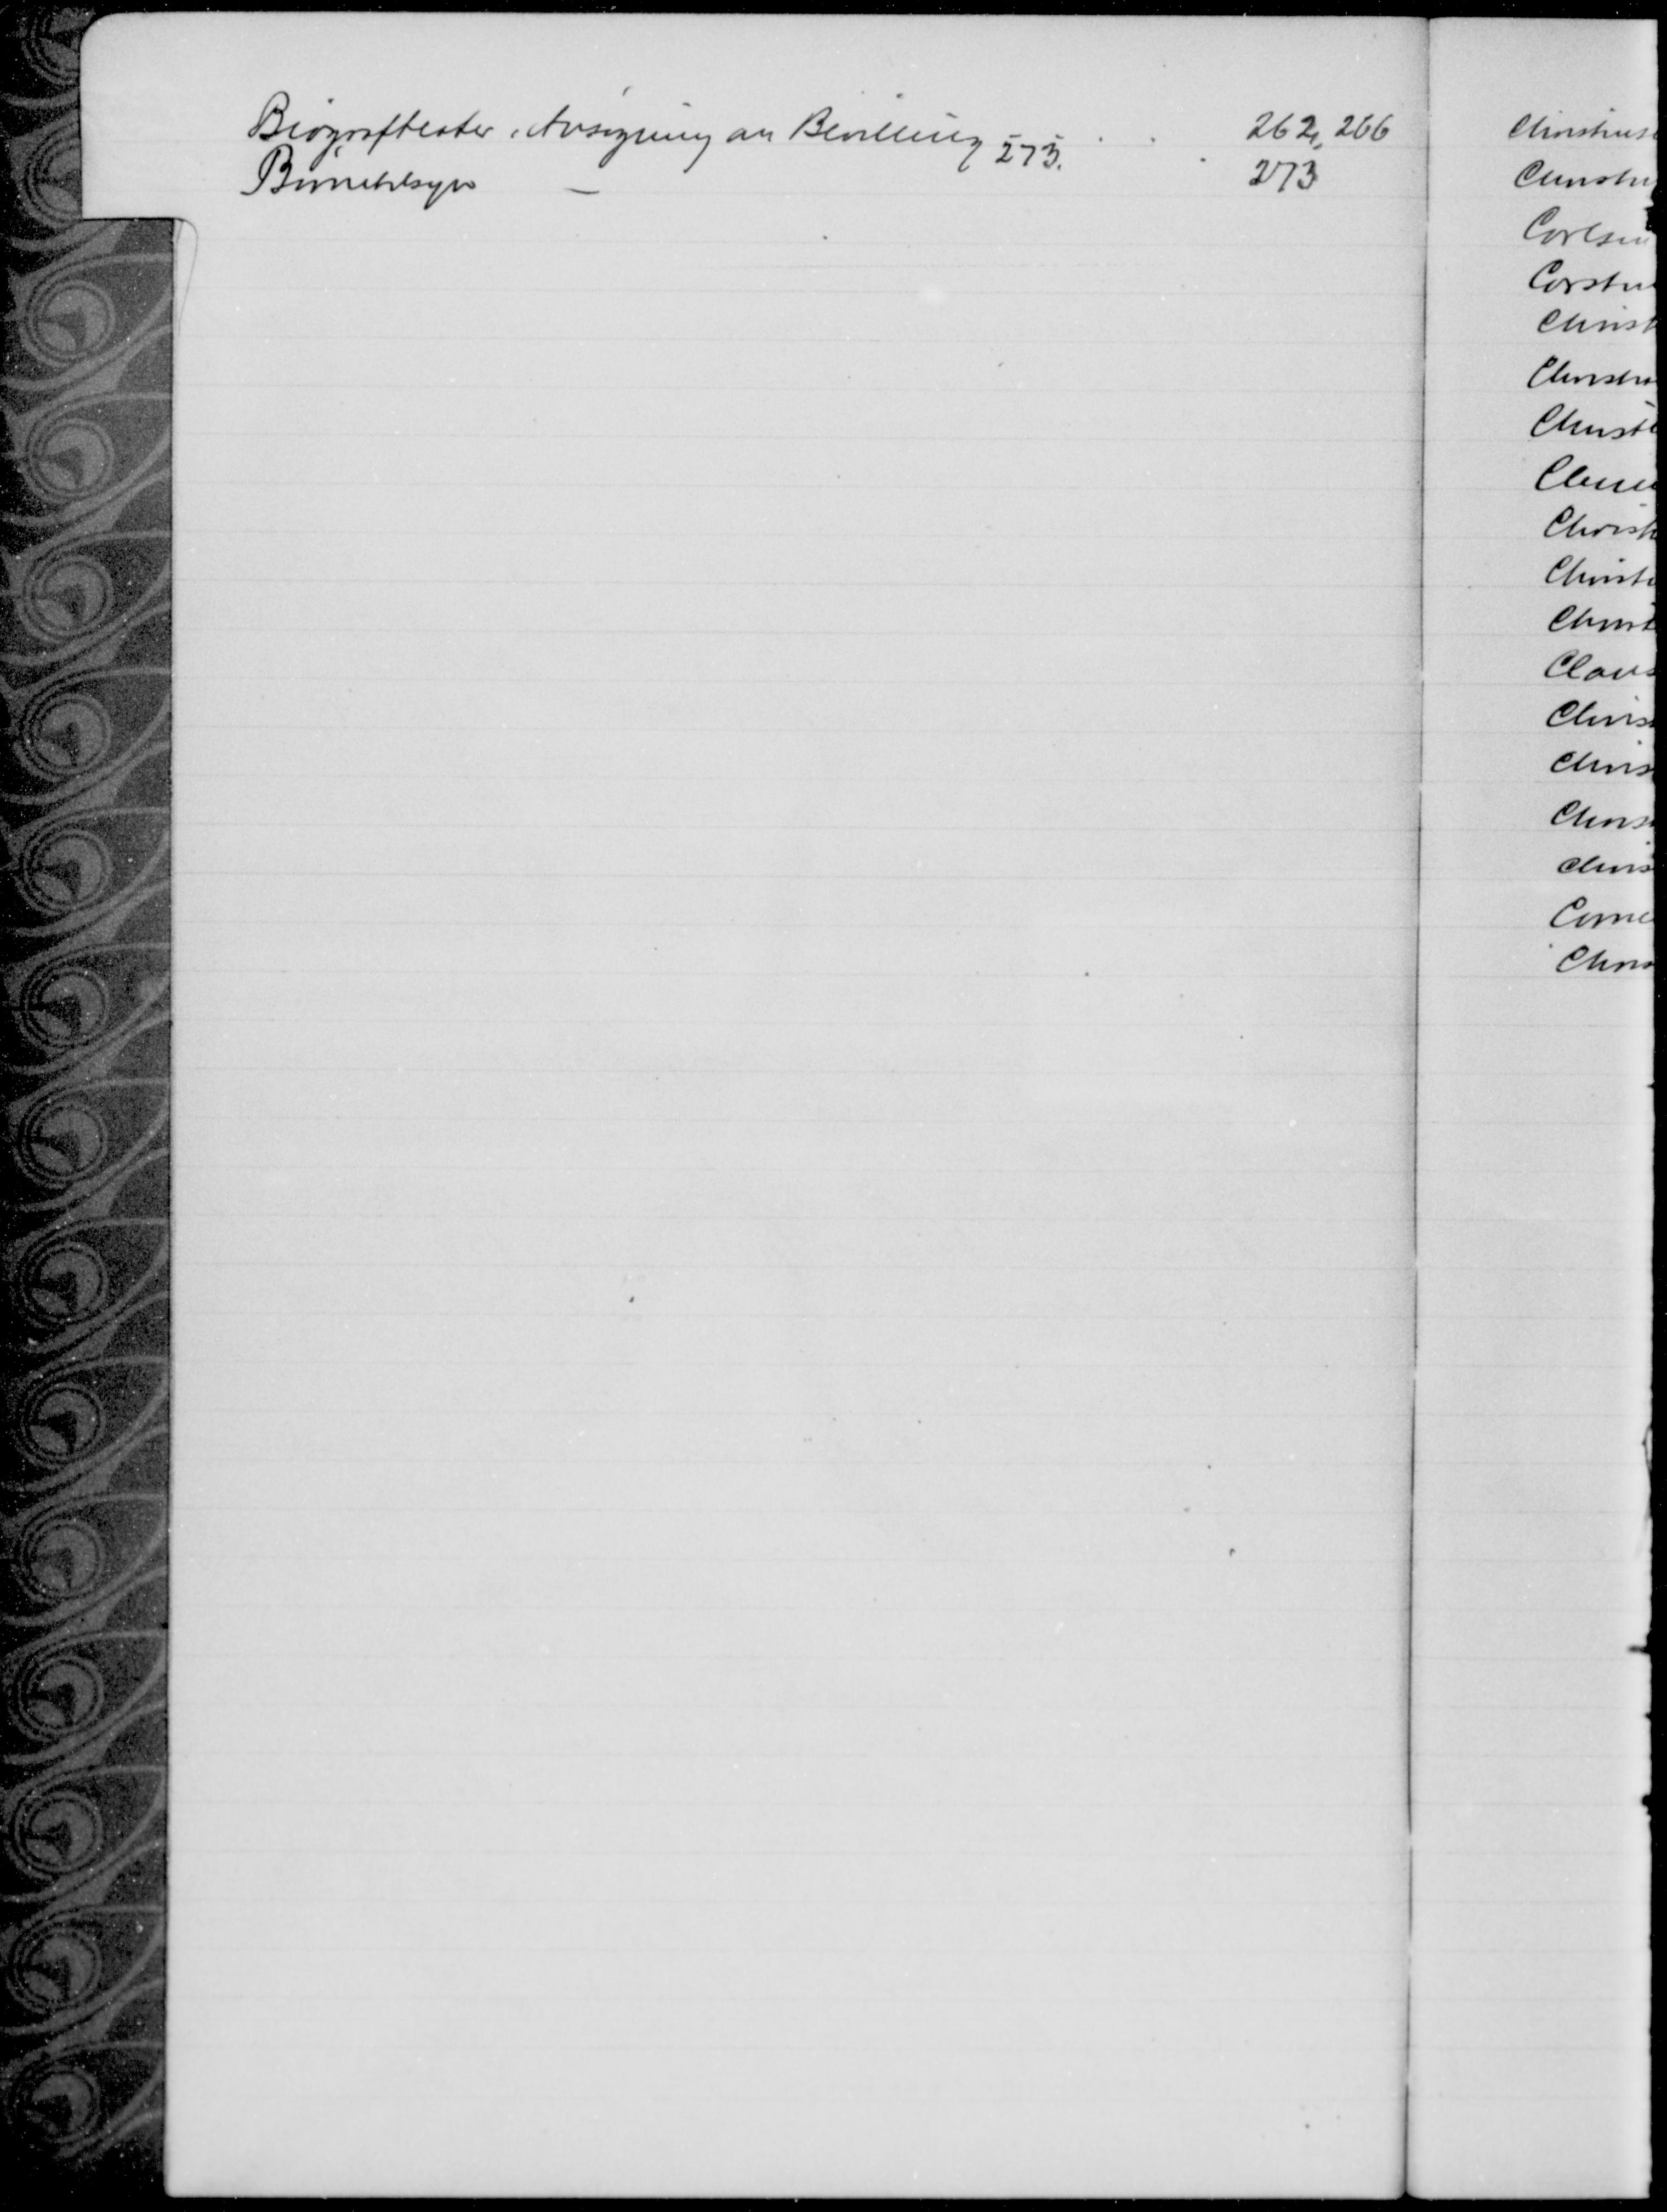
Transskription:
Biografteater, Ansøgning an Bevilling 
262, 266
273.
Børnetilsyn
273